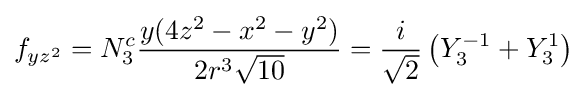
f_{yz^{2}}=N_{3}^{c}{\frac {y(4z^{2}-x^{2}-y^{2})}{2r^{3}{\sqrt {10}}}}={\frac {i}{\sqrt {2}}}\left(Y_{3}^{-1}+Y_{3}^{1}\right)